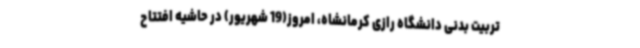
تربیت بدنی دانشگاه رازی کرمانشاه، امروز(19 شهریور) در حاشیه افتتاح